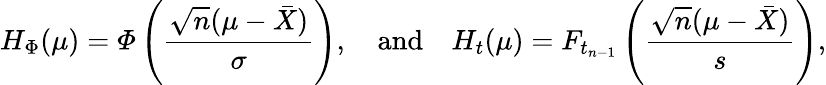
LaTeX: H_{\Phi}(\mu)={\mathit{\Phi}}\left({\frac{{\sqrt{n}}(\mu-{\bar{X}})}{\sigma}}\right),\quad{\mathrm{and}}\quad H_{t}(\mu)=F_{t_{n-1}}\left({\frac{{\sqrt{n}}(\mu-{\bar{X}})}{s}}\right),